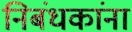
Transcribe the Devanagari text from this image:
निबंधकांना